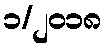
၁/၂၀၁၈